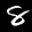
Label: 8